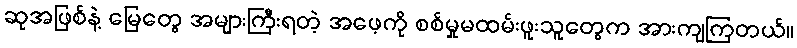
ဆုအဖြစ်နဲ့ မြေတွေ အများကြီးရတဲ့ အဖေ့ကို စစ်မှုမထမ်းဖူးသူတွေက အားကျကြတယ်။